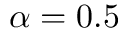
\alpha = 0 . 5